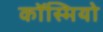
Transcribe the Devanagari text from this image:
कॉस्मियो